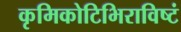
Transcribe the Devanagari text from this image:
कृमिकोटिभिराविष्टं